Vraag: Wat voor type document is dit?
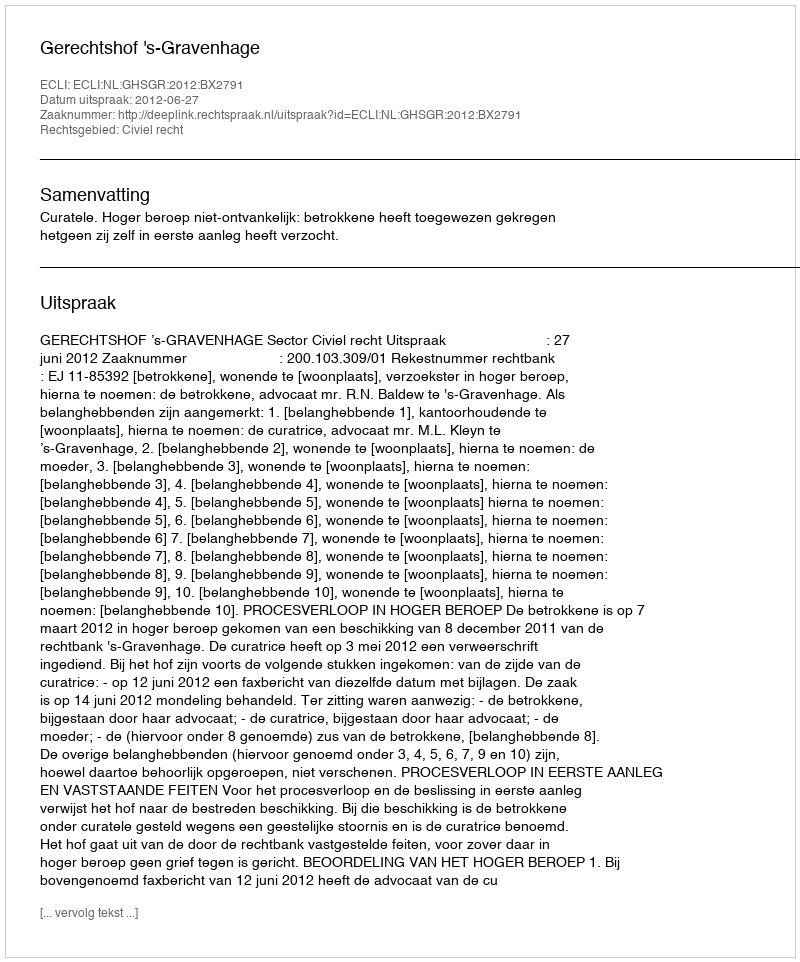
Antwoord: Uitspraak